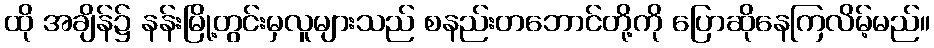
ထို အချိန်၌ နန်းမြို့တွင်းမှလူများသည် စနည်းတဘောင်တို့ကို ပြောဆိုနေကြလိမ့်မည်။